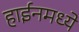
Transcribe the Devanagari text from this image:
हाईनमध्ये